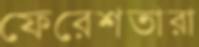
ফেরেশতারা